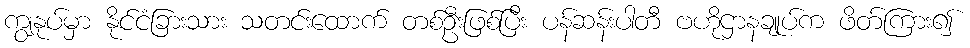
ကျွနုပ်မှာ နိုင်ငံခြားသား သတင်းထောက် တစ်ဦးဖြစ်ပြီး ပန်ဆန်းပါတီ ဗဟိုဌာနချုပ်က ဖိတ်ကြား၍